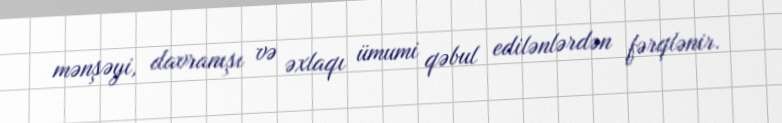
mənşəyi, davranışı və əxlaqı ümumi qəbul edilənlərdən fərqlənir.